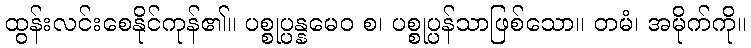
ထွန်းလင်းစေနိုင်ကုန်၏။ ပစ္စုပ္ပန္နမေဝ စ၊ ပစ္စုပ္ပန်သာဖြစ်သော။ တမံ၊ အမိုက်ကို။